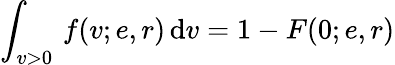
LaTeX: \int_{v>0}\, f(v;e,r)\, \mathrm{d}v=1-F(0;e,r)